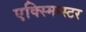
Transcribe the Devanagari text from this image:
एक्स्मिन्स्टर